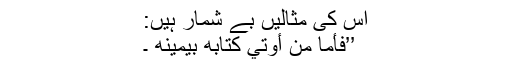
اس کی مثالیں بے شمار ہیں:
’’فَأَمَّا مَنْ أُوتِيَ كِتَابَهُ بِيَمِينِهِ ۔